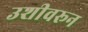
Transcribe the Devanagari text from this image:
उशीवरून